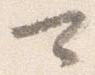
可